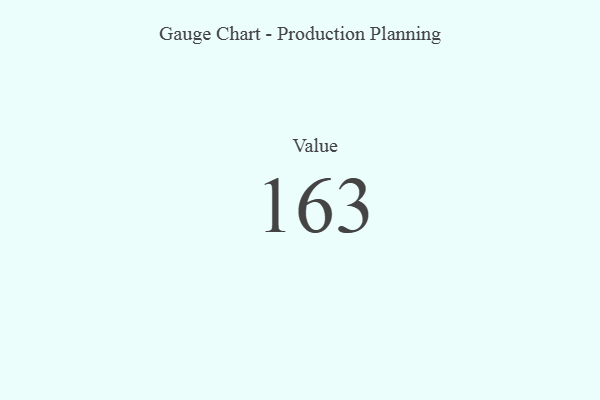
{"axis": {"x": "Metric", "y": "Value"}, "legend": [""], "data": [{"x": "Value", "y": 163, "type": ""}]}